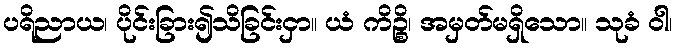
ပရိညာယ၊ ပိုင်းခြား၍သိခြင်းငှာ။ ယံ ကိဉ္စိ၊ အမှတ်မရှိသော။ သုခံ ဝါ၊